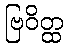
ဗြဝိတ္ထ